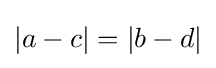
|a-c|=|b-d|